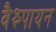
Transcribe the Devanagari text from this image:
वैश्न्पायन